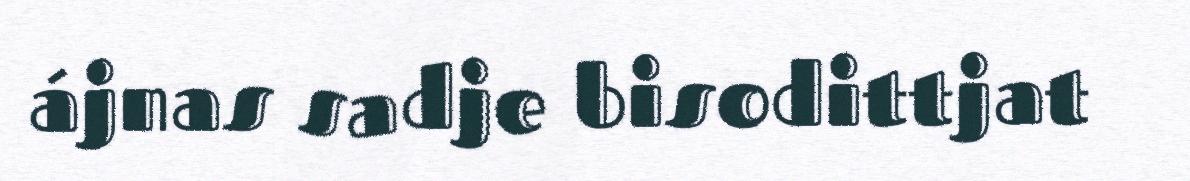
ájnas sadje bisodittjat